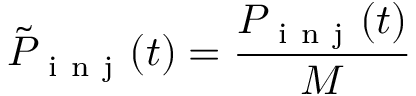
\tilde { P } _ { \mathrm { ~ i ~ n ~ j ~ } } ( t ) = \frac { P _ { \mathrm { ~ i ~ n ~ j ~ } } ( t ) } { M }